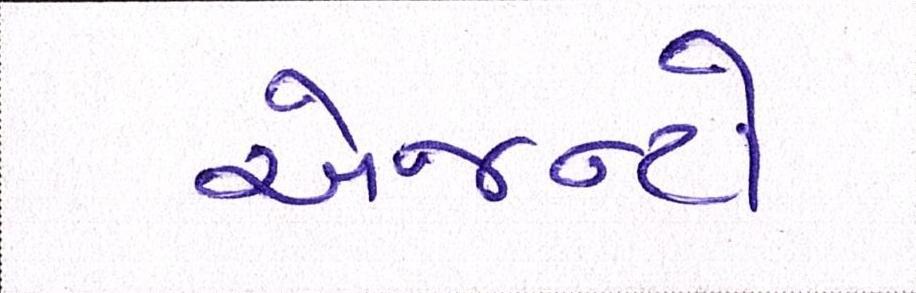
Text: એજન્ટો